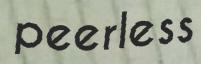
peerless